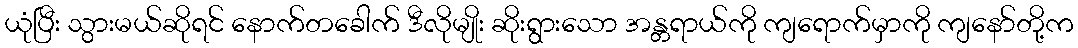
ယုံပြီး သွားမယ်ဆိုရင် နောက်တခေါက် ဒီလိုမျိုး ဆိုးရွားသော အန္တရာယ်ကို ကျရောက်မှာကို ကျနော်တို့က